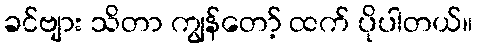
ခင်ဗျား သိတာ ကျွန်တော့် ထက် ပိုပါတယ်။